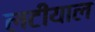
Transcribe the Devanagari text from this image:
लटीयाल